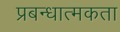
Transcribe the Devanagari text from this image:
प्रबन्धात्मकता